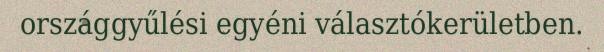
országgyűlési egyéni választókerületben.